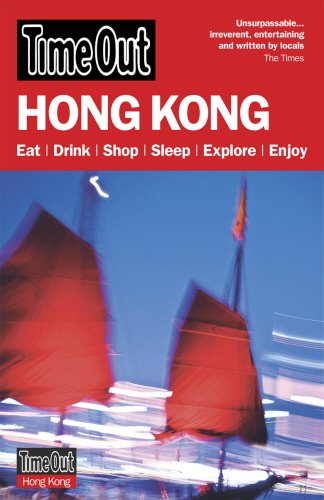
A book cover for Time Out Hong Kong (Time Out Guides); Travel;